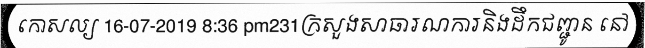
កោសល្យ 16-07-2019 8:36 pm231ក្រសួងសាធារណការនិងដឹកជញ្ជូន នៅ